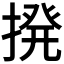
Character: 𫝼